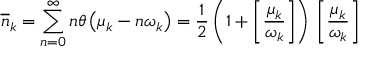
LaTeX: \overline { { { n } } } _ { k } = \sum _ { n = 0 } ^ { \infty } n \theta \left( \mu _ { k } - n \omega _ { k } \right) = \frac { 1 } { 2 } \left( 1 + \left[ \frac { \mu _ { k } } { \omega _ { k } } \right] \right) \, \left[ \frac { \mu _ { k } } { \omega _ { k } } \right] \,